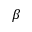
\beta